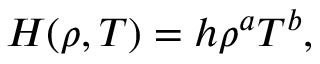
H ( \rho , T ) = h \rho ^ { a } T ^ { b } ,